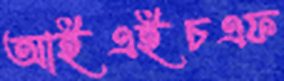
আইএইচএফ